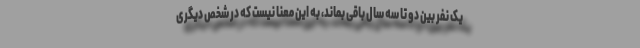
یک نفر بین دو تا سه سال باقی بماند، به این معنا نیست که در شخص دیگری